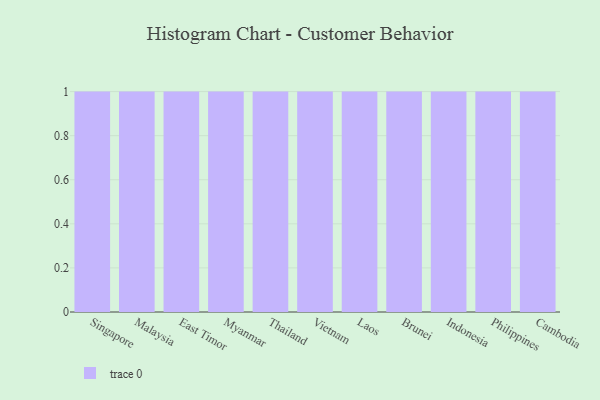
{"axis": {"x": "Country", "y": "Tickets Resolved"}, "legend": [""], "data": [{"x": "Singapore", "y": 65, "type": ""}, {"x": "Malaysia", "y": 48, "type": ""}, {"x": "East Timor", "y": 77, "type": ""}, {"x": "Myanmar", "y": 63, "type": ""}, {"x": "Thailand", "y": 94, "type": ""}, {"x": "Vietnam", "y": 71, "type": ""}, {"x": "Laos", "y": 95, "type": ""}, {"x": "Brunei", "y": 16, "type": ""}, {"x": "Indonesia", "y": 36, "type": ""}, {"x": "Philippines", "y": 17, "type": ""}, {"x": "Cambodia", "y": 54, "type": ""}]}